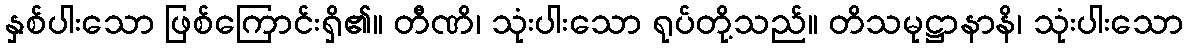
နှစ်ပါးသော ဖြစ်ကြောင်းရှိ၏။ တီဏိ၊ သုံးပါးသော ရုပ်တို့သည်။ တိသမုဋ္ဌာနာနိ၊ သုံးပါးသော